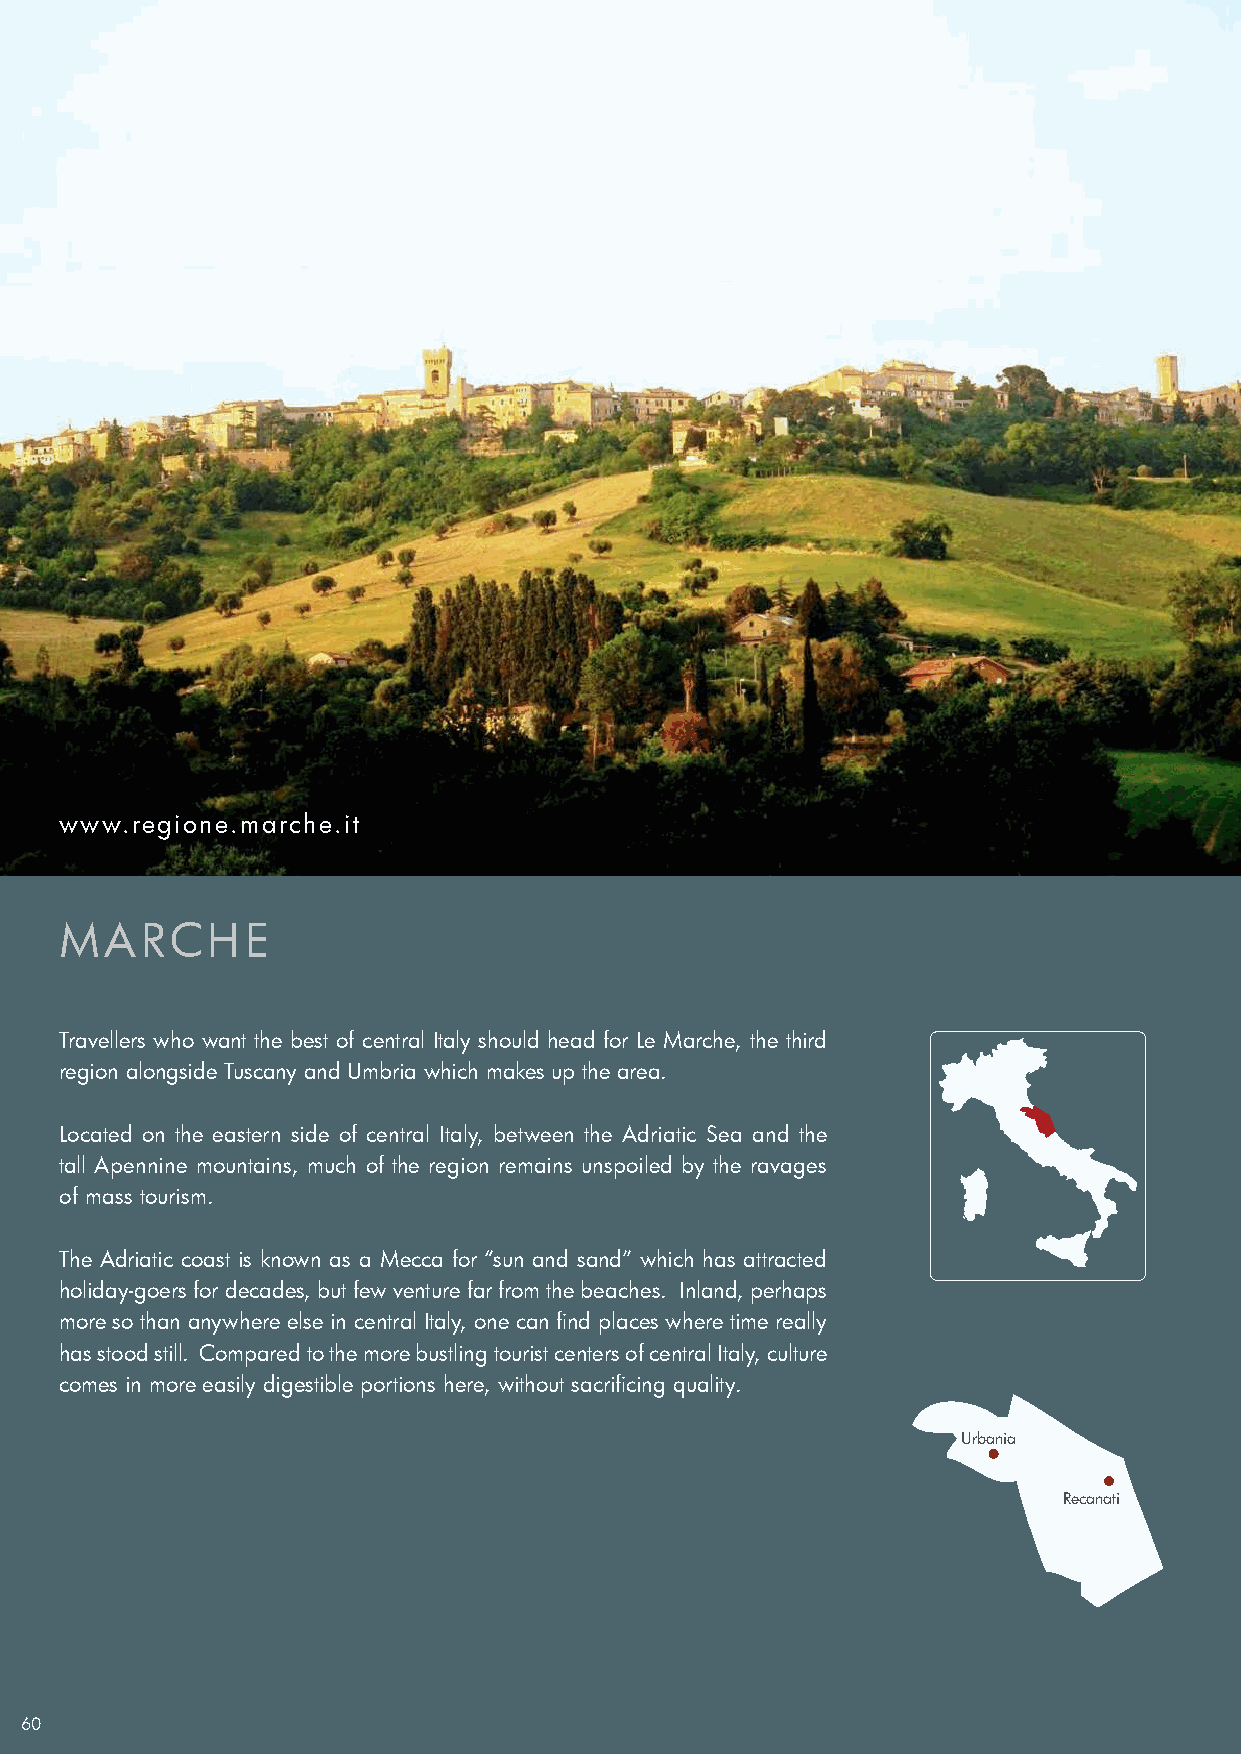
www.regione.marche.it
 MARCHE
 Travellers who want the best of central Italy should head for Le Marche, the third
 region alongside Tuscany and Umbria which makes up the area.
 Located on the eastern side of central Italy, between the Adriatic Sea and the
 tall Apennine mountains, much of the region remains unspoiled by the ravages
 of mass tourism.
 The Adriatic coast is known as a Mecca for “sun and sand” which has attracted
 holiday-goers for decades, but few venture far from the beaches. Inland, perhaps
 more so than anywhere else in central Italy, one can find places where time really
 has stood still. Compared to the more bustling tourist centers of central Italy, culture
 comes in more easily digestible portions here, without sacrificing quality.
 Urbania
 Recanati
 60